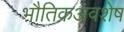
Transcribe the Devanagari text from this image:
भौतिकअवशेष